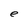
Character: e